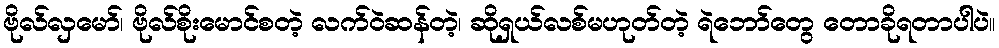
ဗိုလ်လှမော်၊ ဗိုလ်စိုးမောင်စတဲ့ လက်ဝဲဆန်တဲ့၊ ဆိုရှယ်လစ်မဟုတ်တဲ့ ရဲဘော်တွေ တောခိုရတာပါပဲ။